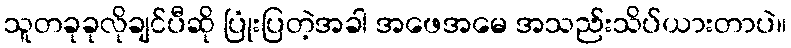
သူတခုခုလိုချင်ပီဆို ပြုံးပြတဲ့အခါ အဖေအမေ အသည်းသိပ်ယားတာပဲ။